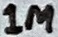
Text: 1M